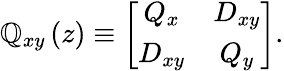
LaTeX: \mathbb{Q}_{xy}\left(z\right)\equiv\left[\begin{array}{cc}{Q_{x}}&{D_{xy}}\\ {D_{xy}}&{Q_{y}}\end{array}\right].